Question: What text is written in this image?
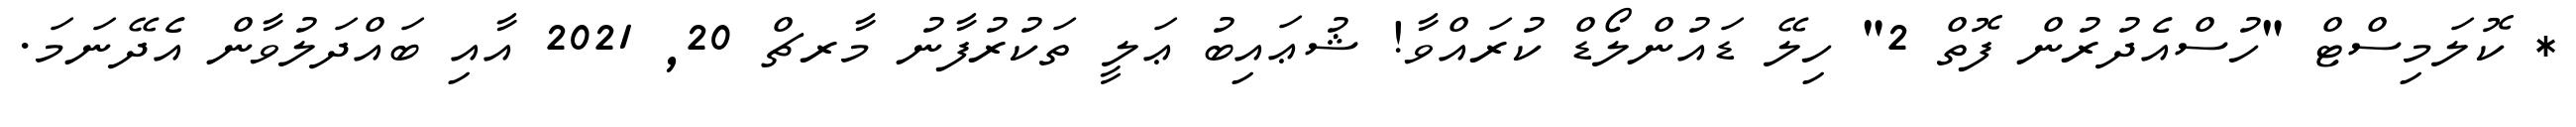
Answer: * ކޮލަމިސްޓް "ހުސްއެދުރުން ފޮތް 2" ހިލޭ ޑައުންލޯޑް ކުރައްވާ! ޝުޢައިބު ޢަލީ ތަކުރުފާނު މާރޗް 20, 2021 އާއި ބައްދަލުވާން އެދޭނަމަ.